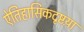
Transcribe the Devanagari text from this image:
ऐतिहासिकदृष्टय़ा